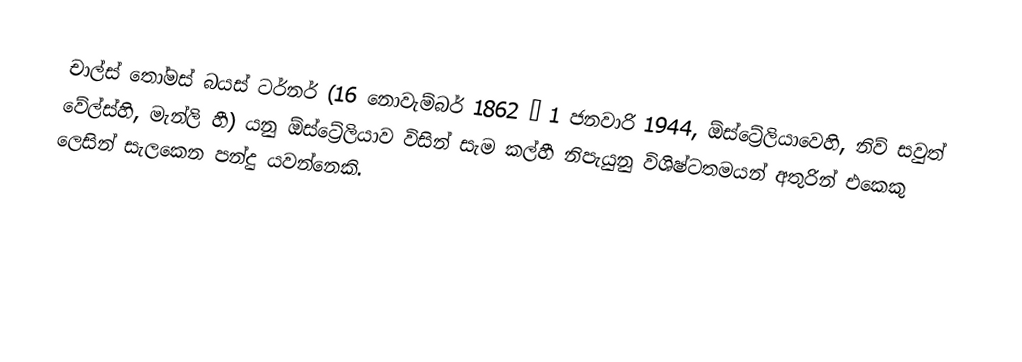
චාල්ස් තෝමස් බයස් ටර්නර් (16 නොවැම්බර් 1862 – 1 ජනවාරි 1944,  ඕස්ට්‍රේලියාවෙහි,  නිව් සවුත් වේල්ස්හි,  මැන්ලි හී) යනු  ඕස්ට්‍රේලියාව විසින් සැම කල්හී නිපැයුනු විශිෂ්ටතමයන් අතුරින් එකෙකු ලෙසින් සැලකෙන පන්දු යවන්නෙකි.